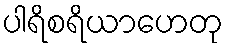
ပါရိစရိယာဟေတု